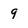
Character: 9